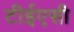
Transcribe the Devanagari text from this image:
टीईएसी